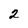
Character: 2